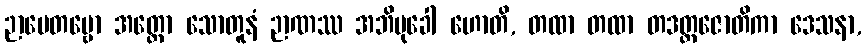
ဉာပေတဗ္ဗော အတ္ထော သောတူနံ ဉာဏဿ အဘိမုခေါ ဟောတိ, တထာ တထာ တဒတ္ထဇောတိကာ ဒေသနာ,